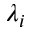
\lambda _ { i }